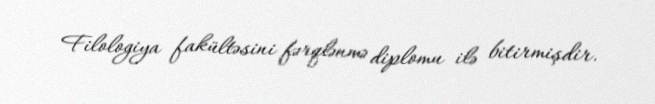
Filologiya fakültəsini fərqlənmə diplomu ilə bitirmişdir.